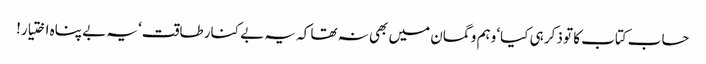
حساب کتاب کا تو ذکر ہی کیا‘ وہم و گمان میں بھی نہ تھا کہ یہ بے کنار طاقت‘ یہ بے پناہ اختیار!